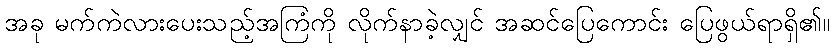
အခု မက်ကဲလားပေးသည့်အကြံကို လိုက်နာခဲ့လျှင် အဆင်ပြေကောင်း ပြေဖွယ်ရာရှိ၏။